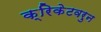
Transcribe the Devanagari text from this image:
क्रिकेटवरुन